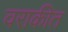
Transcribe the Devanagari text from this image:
वराकीत